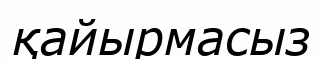
қайырмасыз